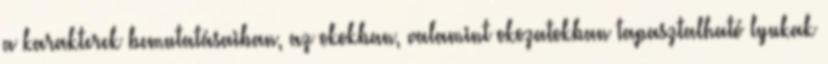
a karakterek bemutatásaiban, az okokban, valamint okozatokban tapasztalható lyukak